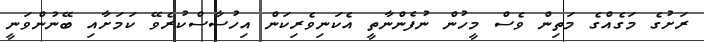
ރަށުގެ މަގެއްގެ މަތިން ވެސް މީހުން ނުފެންނާތީ އެކަނިވެރިކަން އިހުސާސްކުރެވޭ ކަމަށާއި ބޭނުންވަނީ